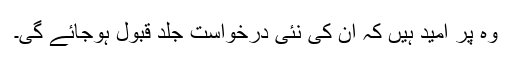
وہ پر امید ہیں کہ ان کی نئی درخواست جلد قبول ہوجائے گی۔